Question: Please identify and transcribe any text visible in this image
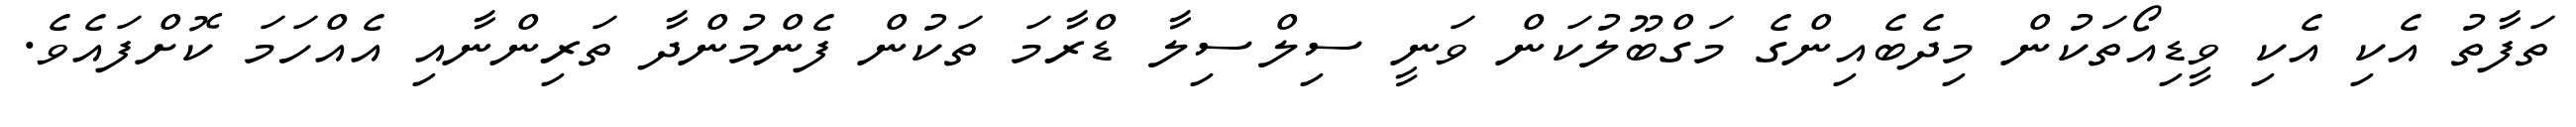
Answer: ތަފާތު އެކި އެކި ވީޑިއޯތަކުން މިދެބެއިންގެ މަގްބޫލުކަން ވަނީ ސިލްސިލާ ޑްރާމަ ތަކުން ފެންމުންދާ ތަރިންނާއި އެއްހަމަ ކޮށްފައެވެ.